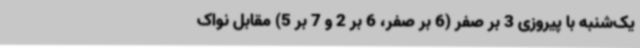
یک‌شنبه با پیروزی 3 بر صفر (6 بر صفر، 6 بر 2 و 7 بر 5) مقابل نواک